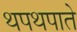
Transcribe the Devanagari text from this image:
थपथपाते